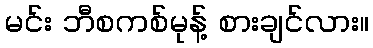
မင်း ဘီစကစ်မုန့် စားချင်လား။